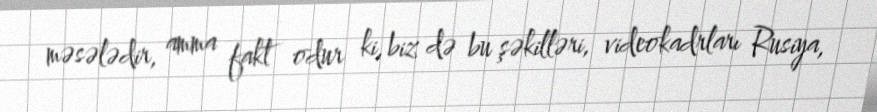
məsələdir, amma fakt odur ki, biz də bu şəkilləri, videokadrları Rusiya,